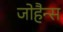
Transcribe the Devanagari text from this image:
जोहैन्स